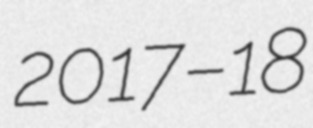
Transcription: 2017–18